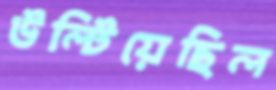
উল্‌টিয়েছিল